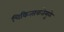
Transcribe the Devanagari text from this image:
चिकित्सकतेमुळे